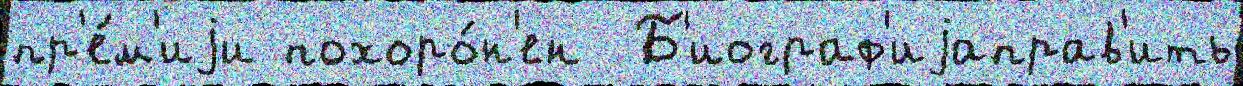
пр'е́м'иjи похоро́н'ен  Б'иограф'иjаправ'ить